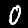
Digit: 0